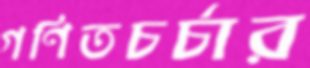
গণিতচর্চার